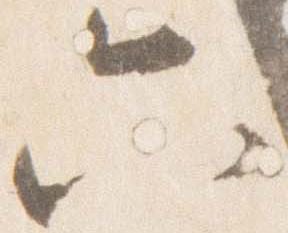
六